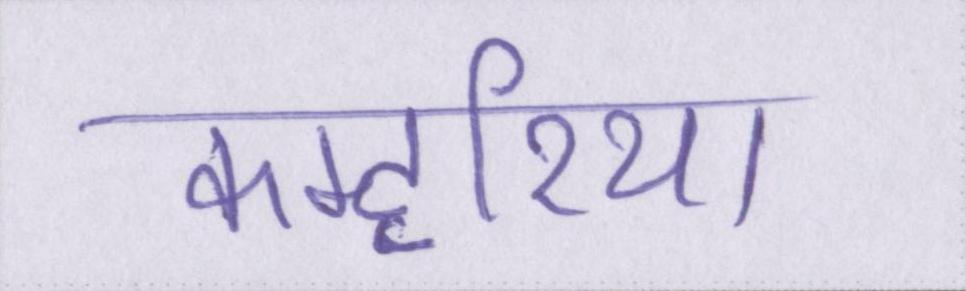
कम्हरिया